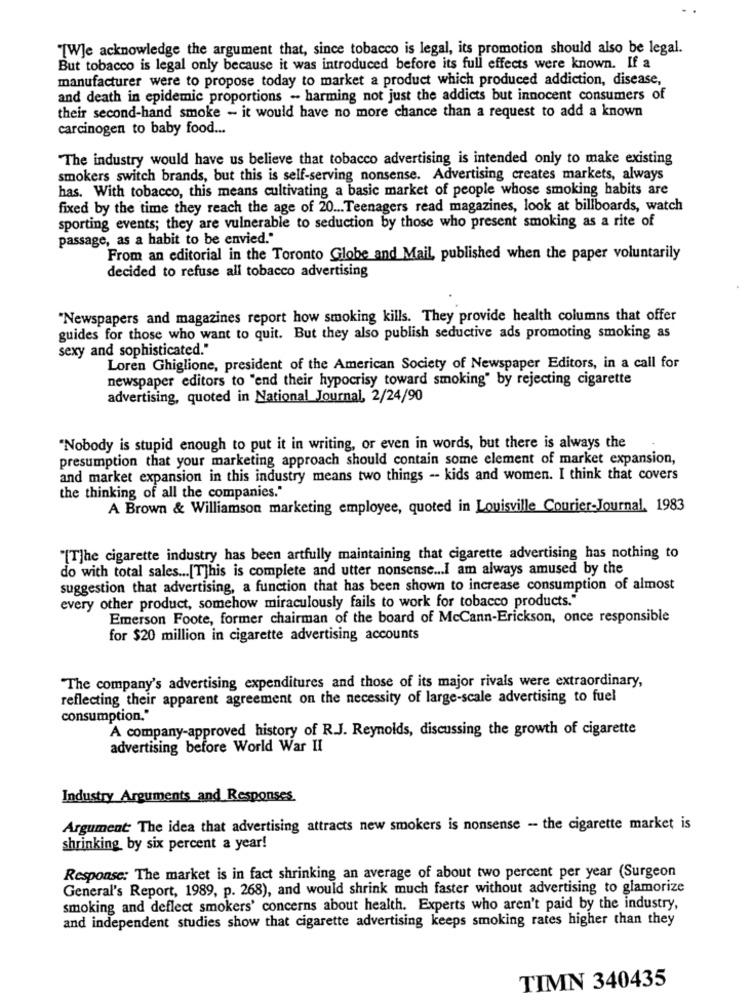
TWJe acknowledge the argument that, since tobacco is legal, its promotion should also be legal.
But tobacco is legal only because it was introduced before its full effects were known. If a
manufacturer were to propose today to market a product which produced addiction, disease,
and death in epidemic proportions - harming not just the addicts but innocent consumers of
their second-hand smoke - it would have no more chance than a request to add a known
carcinogen to baby food ...
The industry would have us believe that tobacco advertising is intended only to make existing
smokers switch brands, but this is self-serving nonsense. Advertising creates markets, always
has. With tobacco, this means cultivating a basic market of people whose smoking habits are
fixed by the time they reach the age of 20 ... Teenagers read magazines, look at billboards, watch
sporting events; they are vulnerable to seduction by those who present smoking as a rite of
passage, as a habit to be envied."
From an editorial in the Toronto Globe and Mail, published when the paper voluntarily
decided to refuse all tobacco advertising
"Newspapers and magazines report how smoking kills. They provide health columns that offer
guides for those who want to quit. But they also publish seductive ads promoting smoking as
sexy and sophisticated."
Loren Ghiglione, president of the American Society of Newspaper Editors, in a call for
newspaper editors to "end their hypocrisy toward smoking" by rejecting cigarette
advertising, quoted in National Journal, 2/24/90
"Nobody is stupid enough to put it in writing, or even in words, but there is always the
presumption that your marketing approach should contain some element of market expansion,
and market expansion in this industry means two things -- kids and women. I think that covers
the thinking of all the companies."
A Brown & Williamson marketing employee, quoted in Louisville Courier-Journal, 1983
"[T]he cigarette industry has been artfully maintaining that cigarette advertising has nothing to
do with total sales ... [T]his is complete and utter nonsense ... I am always amused by the
suggestion that advertising, a function that has been shown to increase consumption of almost
every other product, somehow miraculously fails to work for tobacco products."
Emerson Foote, former chairman of the board of McCann-Erickson, once responsible
for $20 million in cigarette advertising accounts
"The company's advertising expenditures and those of its major rivals were extraordinary,
reflecting their apparent agreement on the necessity of large-scale advertising to fuel
consumption."
A company-approved history of R.J. Reynolds, discussing the growth of cigarette
advertising before World War II
Industry Arguments and Responses
Argument The idea that advertising attracts new smokers is nonsense - the cigarette market is
shrinking by six percent a year!
Response: The market is in fact shrinking an average of about two percent per year (Surgeon
General's Report, 1989, p. 268), and would shrink much faster without advertising to glamorize
smoking and deflect smokers' concerns about health. Experts who aren't paid by the industry,
and independent studies show that cigarette advertising keeps smoking rates higher than they
TIMN 340435